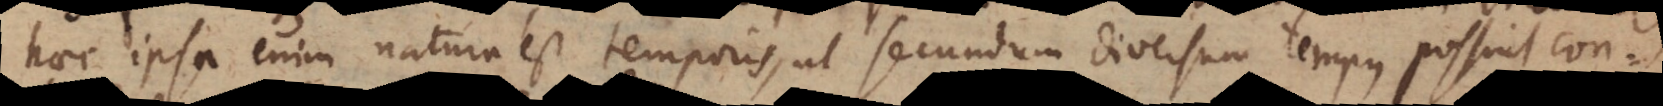
haec ipsa enim natura est temporis, ut secundum diversum tempus possint con